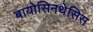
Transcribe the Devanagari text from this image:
बायोसिनथेसिस